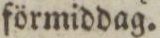
förmiddag.